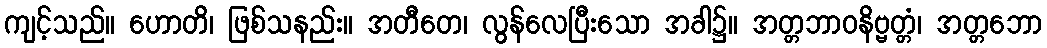
ကျင့်သည်။ ဟောတိ၊ ဖြစ်သနည်း။ အတီတေ၊ လွန်လေပြီးသော အခါ၌။ အတ္တဘာဝနိဗ္ဗတ္တံ၊ အတ္တဘော